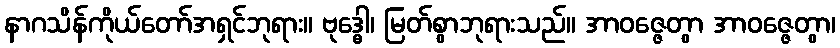
နာဂသိန်ကိုယ်တော်အရှင်ဘုရား။ ဗုဒ္ဓေါ၊ မြတ်စွာဘုရားသည်။ အာဝဇ္ဇေတွာ အာဝဇ္ဇေတွာ၊